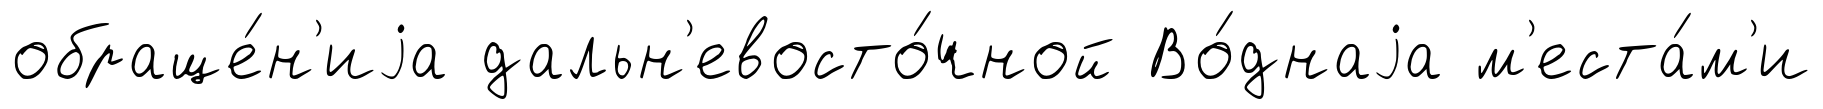
обраще́н'иjа дальн'евосто́чной Во́днаjа м'еста́м'и